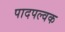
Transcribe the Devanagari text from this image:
पादपल्वक